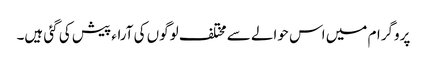
پروگرام میں اس حوالے سے مختلف لوگوں کی آراء پیش کی گئی ہیں۔